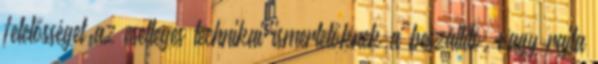
felelősséget az esetleges technikai ismertetőknek a beszállító, vagy rajta